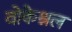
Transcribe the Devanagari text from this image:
वोकेश्नल